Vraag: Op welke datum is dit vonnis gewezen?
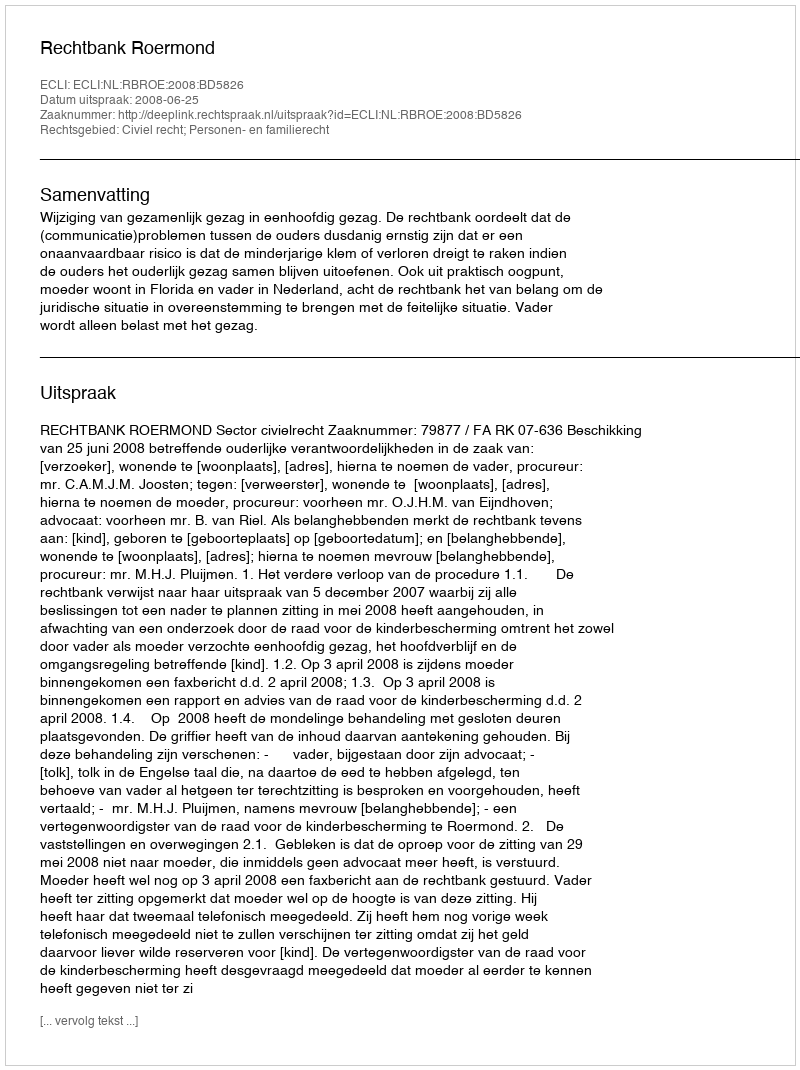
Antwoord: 2008-06-25